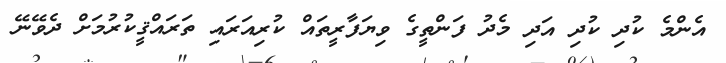
އެންމެ ކުދި ކުދި އަދި މެދު ފަންތީގެ ވިޔަފާރީތައް ކުރިއަރައި ތަރައްޤީކުރުމަށް ދެވޭނޭ